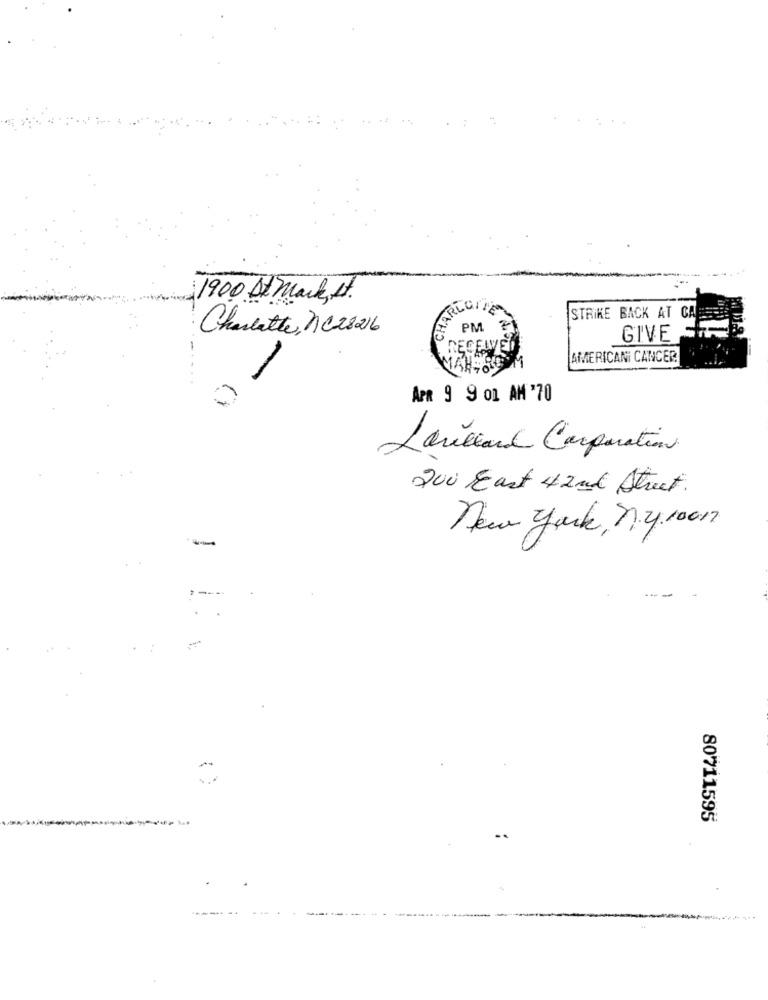
..
1900 At Mark, st.
CHARLO
STRIKE BACK AT CA
Charlotte, NC28216
PM
GIVE
GECEWE
AMERICAN CANCER
APR 9 9 01 AM '70
Lawillard Corporation
200 Eart 42nd Street.
new york, ny1001
---
80711595
46